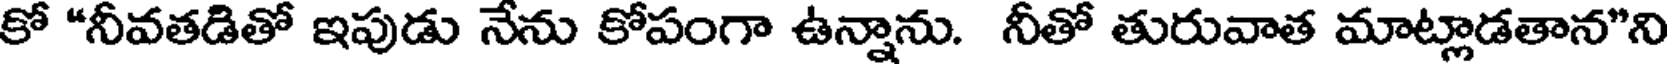
కో "నీవతడితో ఇపుడు నేను కోపంగా ఉన్నాను. నీతో తురువాత మాట్లాడతాన"ని